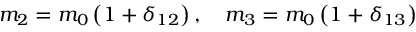
m _ { 2 } = m _ { 0 } \left( 1 + \delta _ { 1 2 } \right) , \ \ \ m _ { 3 } = m _ { 0 } \left( 1 + \delta _ { 1 3 } \right)